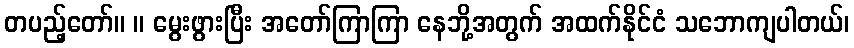
တပည့်တော်။ ။ မွေးဖွားပြီး အတော်ကြာကြာ နေဘို့အတွက် အထက်နိုင်ငံ သဘောကျပါတယ်၊